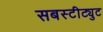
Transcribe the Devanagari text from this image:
सबस्टीट्युट